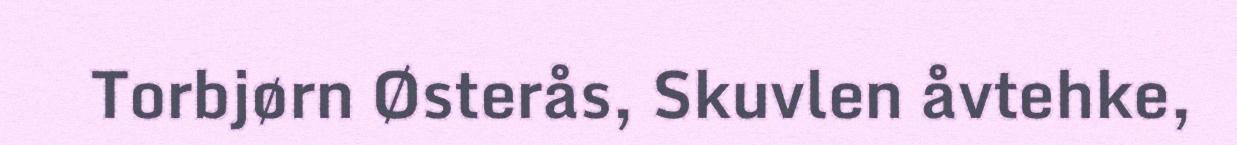
Torbjørn Østerås, Skuvlen åvtehke,